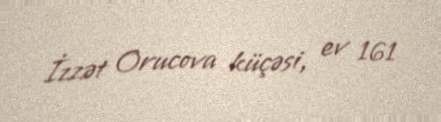
İzzət Orucova küçəsi, ev 161